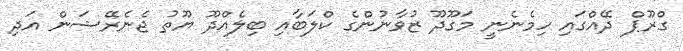
ގްރޫޕް ދޭއްގައި ހިމެނެނީ މަގޫދޫ ޒުވާނުންގެ ކްލަބާއި ބިލެއްދޫ ޔޫތު ޖެނެރޭޝަން އަދި